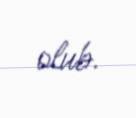
olub.